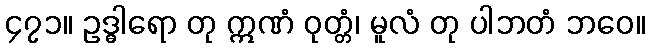
၄၇၁။ ဥဒ္ဓါရော တု ဣဏံ ဝုတ္တံ၊ မူလံ တု ပါဘတံ ဘဝေ။